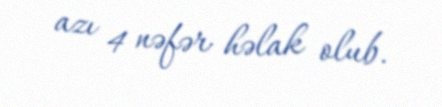
azı 4 nəfər həlak olub.